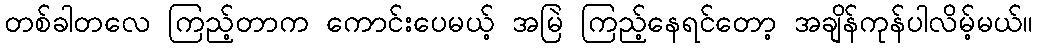
တစ်ခါတလေ ကြည့်တာက ကောင်းပေမယ့် အမြဲ ကြည့်နေရင်တော့ အချိန်ကုန်ပါလိမ့်မယ်။